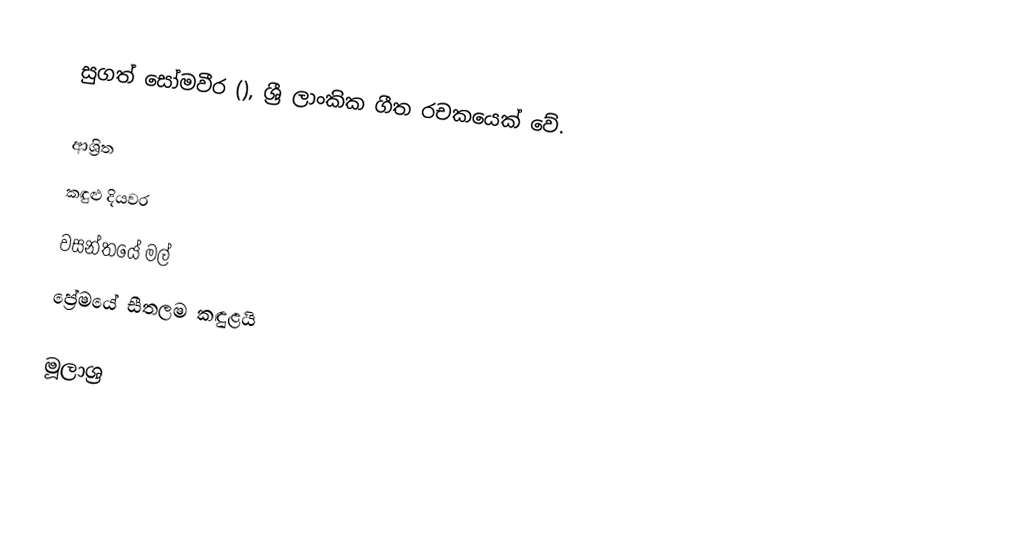
සුගත් සෝමවීර (), ශ්‍රී ලාංකික ගීත රචකයෙක් වේ.

ආශ්‍රිත
 කඳුළු දියවර
 වසන්තයේ මල්
 ප්‍රේමයේ සීතලම කඳුළයි

මූලාශ්‍ර